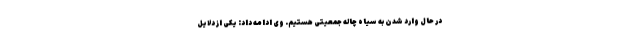
در حال وارد شدن به سیاه چاله جمعیتی هستیم. وی ادامه داد: یکی از دلایل